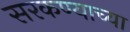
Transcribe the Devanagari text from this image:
सरकण्याच्या